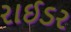
રાઈડર